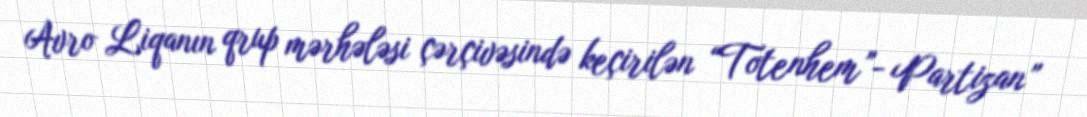
Avro Liqanın qrup mərhələsi çərçivəsində keçirilən “Totenhem”- Partizan”